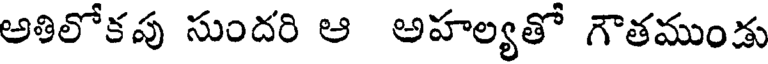
అతిలోకపు సుందరి ఆ అహల్యతో గౌతముండు